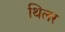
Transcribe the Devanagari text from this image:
थिलर